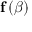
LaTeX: \mathbf { f } \left( { \boldsymbol { \beta } } \right)